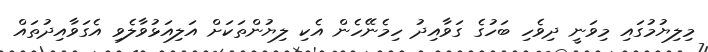
މިލިޔުމުގައި މިވަނީ ދިވެހި ބަހުގެ ގަވާއިދު ހިމެނޭހެން އެކި ލިޔުންތަކަށް އަލިއަޅުވާލެވި އެގަވާއިދުތައް